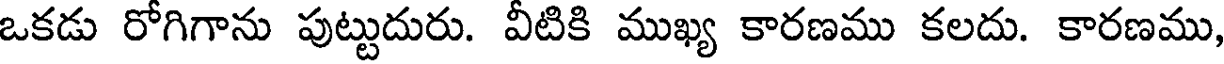
ఒకడు రోగిగాను పుట్టుదురు. వీటికి ముఖ్య కారణము కలదు. కారణము,